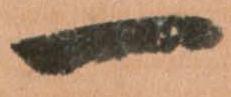
一